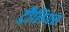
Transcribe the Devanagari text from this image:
ट्रौलियस